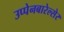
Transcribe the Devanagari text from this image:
उप्पेनबारेल्सेर